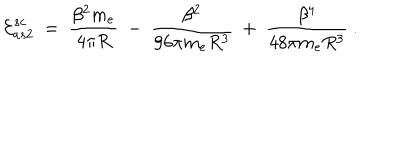
{ \cal E } _ { a s 2 } ^ { s c } \ = \ \frac { \beta ^ { 2 } m _ { e } } { 4 \pi R } \ - \ \frac { \beta ^ { 2 } } { 9 6 \pi m _ { e } R ^ { 3 } } \ + \ \frac { \beta ^ { 4 } } { 4 8 \pi m _ { e } R ^ { 3 } } \ .